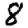
Digit: 8